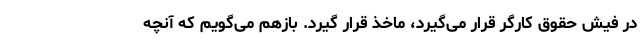
در فیش حقوق کارگر قرار می‌گیرد، ماخذ قرار گیرد. بازهم می‌گویم که آنچه